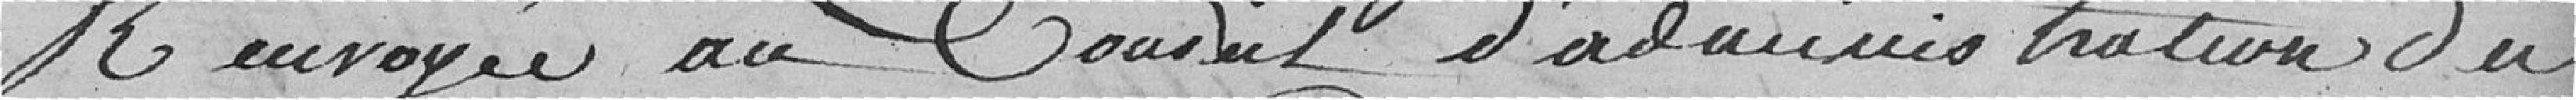
Renvoyée au Conseil d'administration du